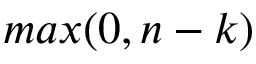
m a x ( 0 , n - k )